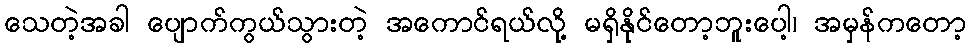
သေတဲ့အခါ ပျောက်ကွယ်သွားတဲ့ အကောင်ရယ်လို့ မရှိနိုင်တော့ဘူးပေါ့၊ အမှန်ကတော့